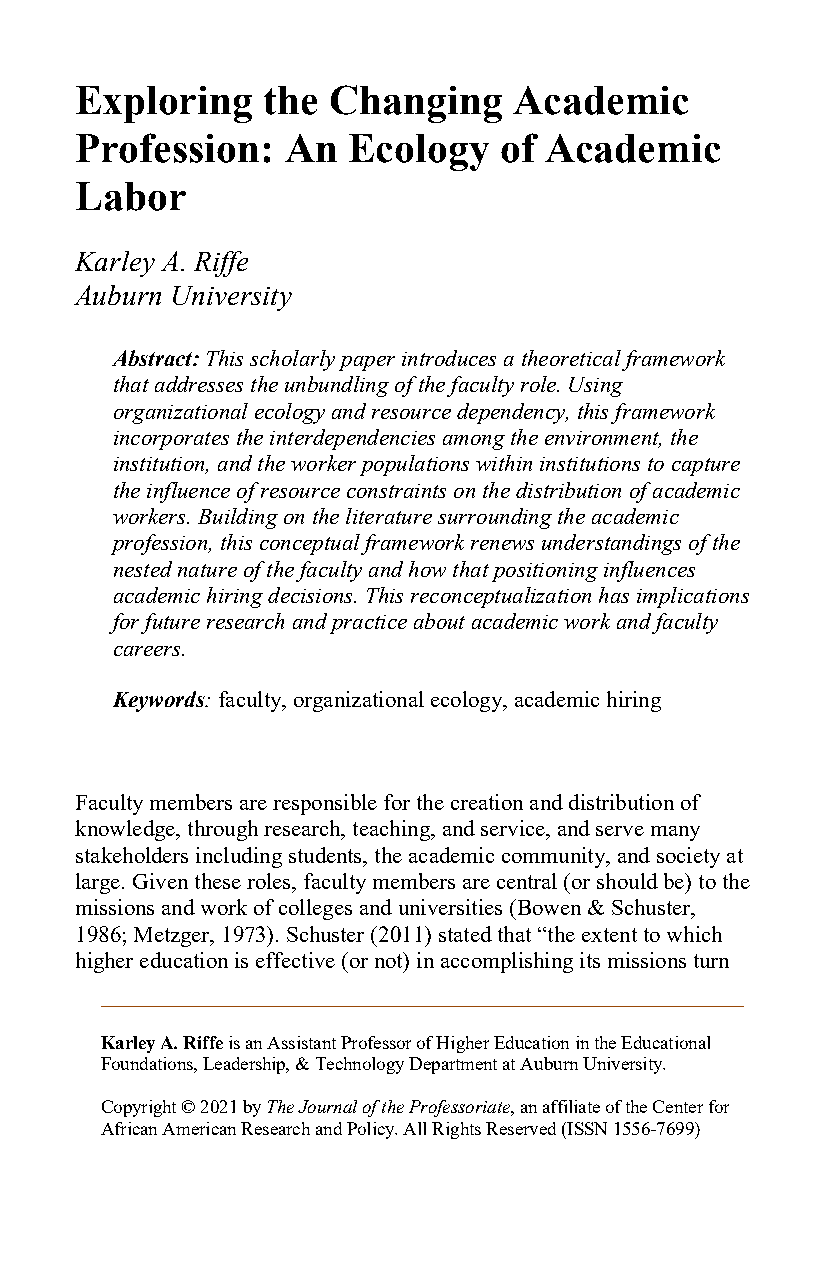
Exploring   the  Changing    Academic
 Profession:   An  Ecology   of Academic
 Labor
 Karley A. Riffe
 Auburn University
 Abstract: This scholarly paper introduces a theoretical framework
 that addresses the unbundling of the faculty role. Using
 organizational ecology and resource dependency, this framework
 incorporates the interdependencies among the environment, the
 institution, and the worker populations within institutions to capture
 the influence of resource constraints on the distribution of academic
 workers. Building on the literature surrounding the academic
 profession, this conceptual framework renews understandings of the
 nested nature of the faculty and how that positioning influences
 academic hiring decisions. This reconceptualization has implications
 for future research and practice about academic work and faculty
 careers.
 Keywords: faculty, organizational ecology, academic hiring
 Faculty members are responsible for the creation and distribution of
 knowledge, through research, teaching, and service, and serve many
 stakeholders including students, the academic community, and society at
 large. Given these roles, faculty members are central (or should be) to the
 missions and work of colleges and universities (Bowen & Schuster,
 1986; Metzger, 1973). Schuster (2011) stated that “the extent to which
 higher education is effective (or not) in accomplishing its missions turn
 Karley A. Riffe is an Assistant Professor of Higher Education in the Educational
 Foundations, Leadership, & Technology Department at Auburn University.
 Copyright © 2021 by The Journal of the Professoriate, an affiliate of the Center for
 African American Research and Policy. All Rights Reserved (ISSN 1556-7699)